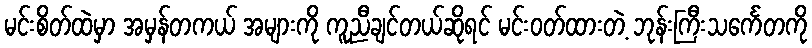
မင်းစိတ်ထဲမှာ အမှန်တကယ် အများကို ကူညီချင်တယ်ဆိုရင် မင်းဝတ်ထားတဲ့ ဘုန်းကြီးသင်္ကေတကို